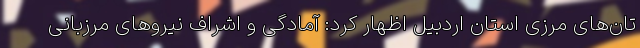
تان‌های مرزی استان اردبیل اظهار کرد: آمادگی و اشراف نیروهای مرزبانی